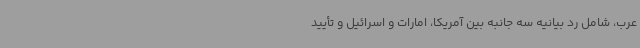
عرب، شامل رد بیانیه سه جانبه بین آمریکا، امارات و اسرائیل و تأیید